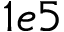
1 e 5